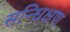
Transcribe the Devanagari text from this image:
सन्धिक्षण